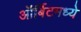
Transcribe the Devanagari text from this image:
ऑर्बिटमध्ये